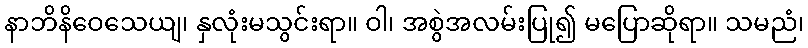
နာဘိနိဝေသေယျ၊ နှလုံးမသွင်းရာ။ ဝါ၊ အစွဲအလမ်းပြု၍ မပြောဆိုရာ။ သမညံ၊